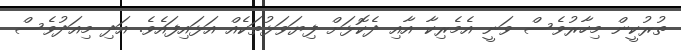
ތުރުކީން މިހާރުވެސް ވަނީ އެމެރިކާ އާއި ދެކޮޅަށް ފިޔަވަޅުތަކެއް އަޅައިފައެވެ. އަދި މިއަދުވެސް